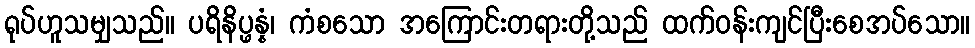
ရုပ်ဟူသမျှသည်။ ပရိနိပ္ဖန္နံ၊ ကံစသော အကြောင်းတရားတို့သည် ထက်ဝန်းကျင်ပြီးစေအပ်သော။